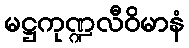
မဋ္ဌကုဏ္ဍလီဝိမာနံ